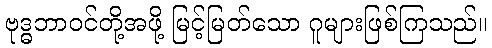
ဗုဒ္ဓဘာဝင်တို့အဖို့ မြင့်မြတ်သော ဂူများဖြစ်ကြသည်။